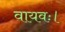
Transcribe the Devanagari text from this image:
वायवः।